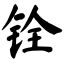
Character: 铨